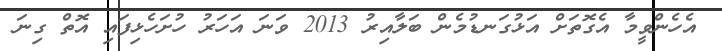
އެހެންވީމާ އެގޮތަށް އަޅުގަނޑުމެން ބަލާއިރު 2013 ވަނަ އަހަރު ހުށަހެޅިފައި އޮތް ގިނަ